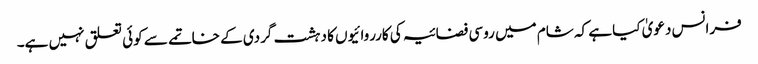
فرانس دعویٰ کیا ہے کہ شام میں روسی فضائیہ کی کارروائیوں کا دہشت گردی کے خاتمے سے کوئی تعلق نہیں ہے۔